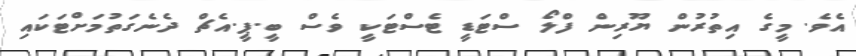
އެވެ. މީގެ އިތުރުން ޔޫރިން ފްލޯ ސްޓަޑީ ޓެސްޓަކީ ވެސް ބީ.ޕީ.އެޗް ދެނެގަތުމަށްޓަކައި